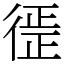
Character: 徰